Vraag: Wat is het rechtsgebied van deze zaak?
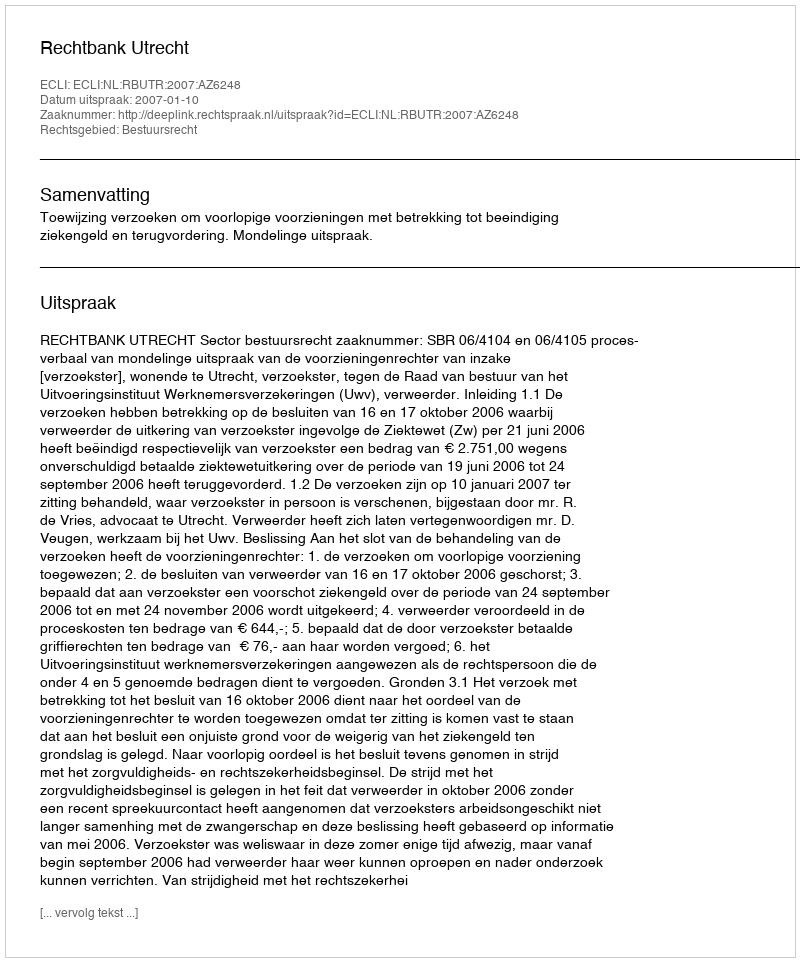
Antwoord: Bestuursrecht